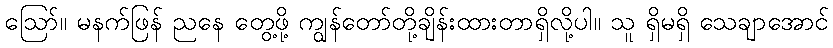
ဪ။ မနက်ဖြန် ညနေ တွေ့ဖို့ ကျွန်တော်တို့ချိန်းထားတာရှိလို့ပါ။ သူ ရှိမရှိ သေချာအောင်